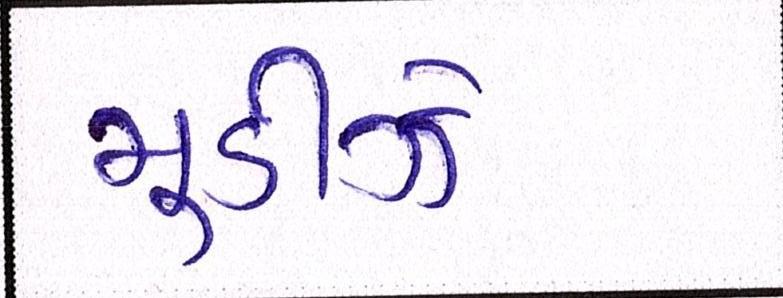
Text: મૂડીઝે